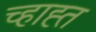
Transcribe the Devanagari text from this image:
च्हाह्त